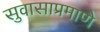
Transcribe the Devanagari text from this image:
सुवासाप्रमाणे